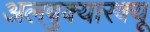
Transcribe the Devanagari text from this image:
अलबुक्यारक्यू